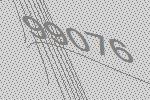
99076